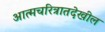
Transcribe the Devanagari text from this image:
आत्मचरित्रातदेखील